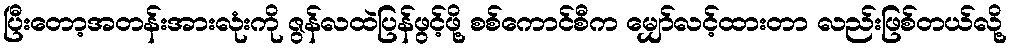
ပြီးတော့အတန်းအားလုံးကို ဇွန်လထဲပြန်ဖွင့်ဖို့ စစ်ကောင်စီက မျှော်လင့်ထားတာ လည်းဖြစ်တယ်လို့